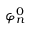
\varphi _ { n } ^ { 0 }